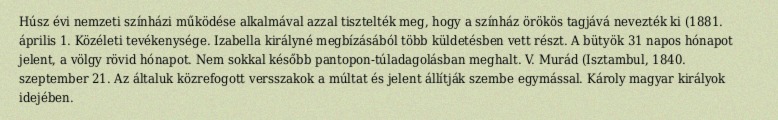
Húsz évi nemzeti színházi működése alkalmával azzal tisztelték meg, hogy a színház örökös tagjává nevezték ki (1881. április 1. Közéleti tevékenysége. Izabella királyné megbízásából több küldetésben vett részt. A bütyök 31 napos hónapot jelent, a völgy rövid hónapot. Nem sokkal később pantopon-túladagolásban meghalt. V. Murád (Isztambul, 1840. szeptember 21. Az általuk közrefogott versszakok a múltat és jelent állítják szembe egymással. Károly magyar királyok idejében.